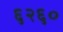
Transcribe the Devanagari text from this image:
६२६०